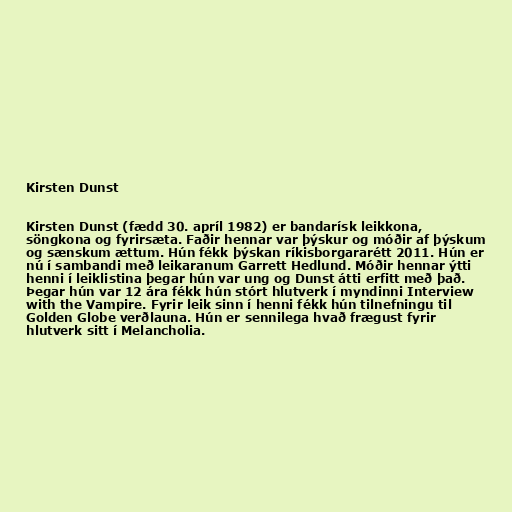
Kirsten Dunst

Kirsten Dunst (fædd 30. apríl 1982) er bandarísk leikkona,
söngkona og fyrirsæta. Faðir hennar var þýskur og móðir af þýskum
og sænskum ættum. Hún fékk þýskan ríkisborgararétt 2011. Hún er
nú í sambandi með leikaranum Garrett Hedlund. Móðir hennar ýtti
henni í leiklistina þegar hún var ung og Dunst átti erfitt með það.
Þegar hún var 12 ára fékk hún stórt hlutverk í myndinni Interview
with the Vampire. Fyrir leik sinn í henni fékk hún tilnefningu til
Golden Globe verðlauna. Hún er sennilega hvað frægust fyrir
hlutverk sitt í Melancholia.